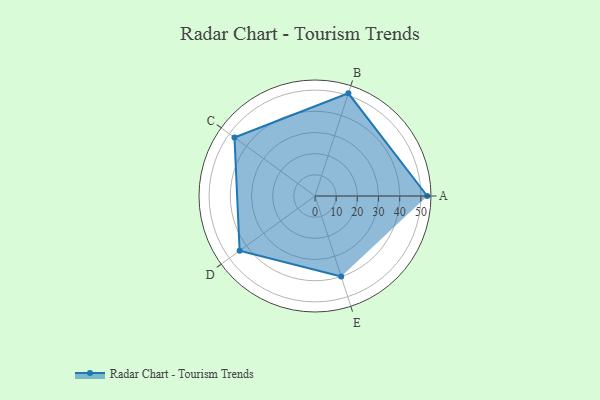
{"axis": {"x": "Skill", "y": "Score"}, "legend": ["Profile"], "data": [{"x": "A", "y": 53.0, "type": "Profile"}, {"x": "B", "y": 51.0, "type": "Profile"}, {"x": "C", "y": 47.0, "type": "Profile"}, {"x": "D", "y": 44.0, "type": "Profile"}, {"x": "E", "y": 40.0, "type": "Profile"}]}